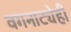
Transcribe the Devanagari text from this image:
वगनाट्येही